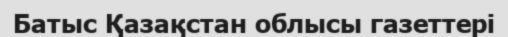
Батыс Қазақстан облысы газеттері